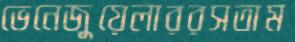
ভেনেজুয়েলাররসতাম